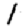
Digit: 1